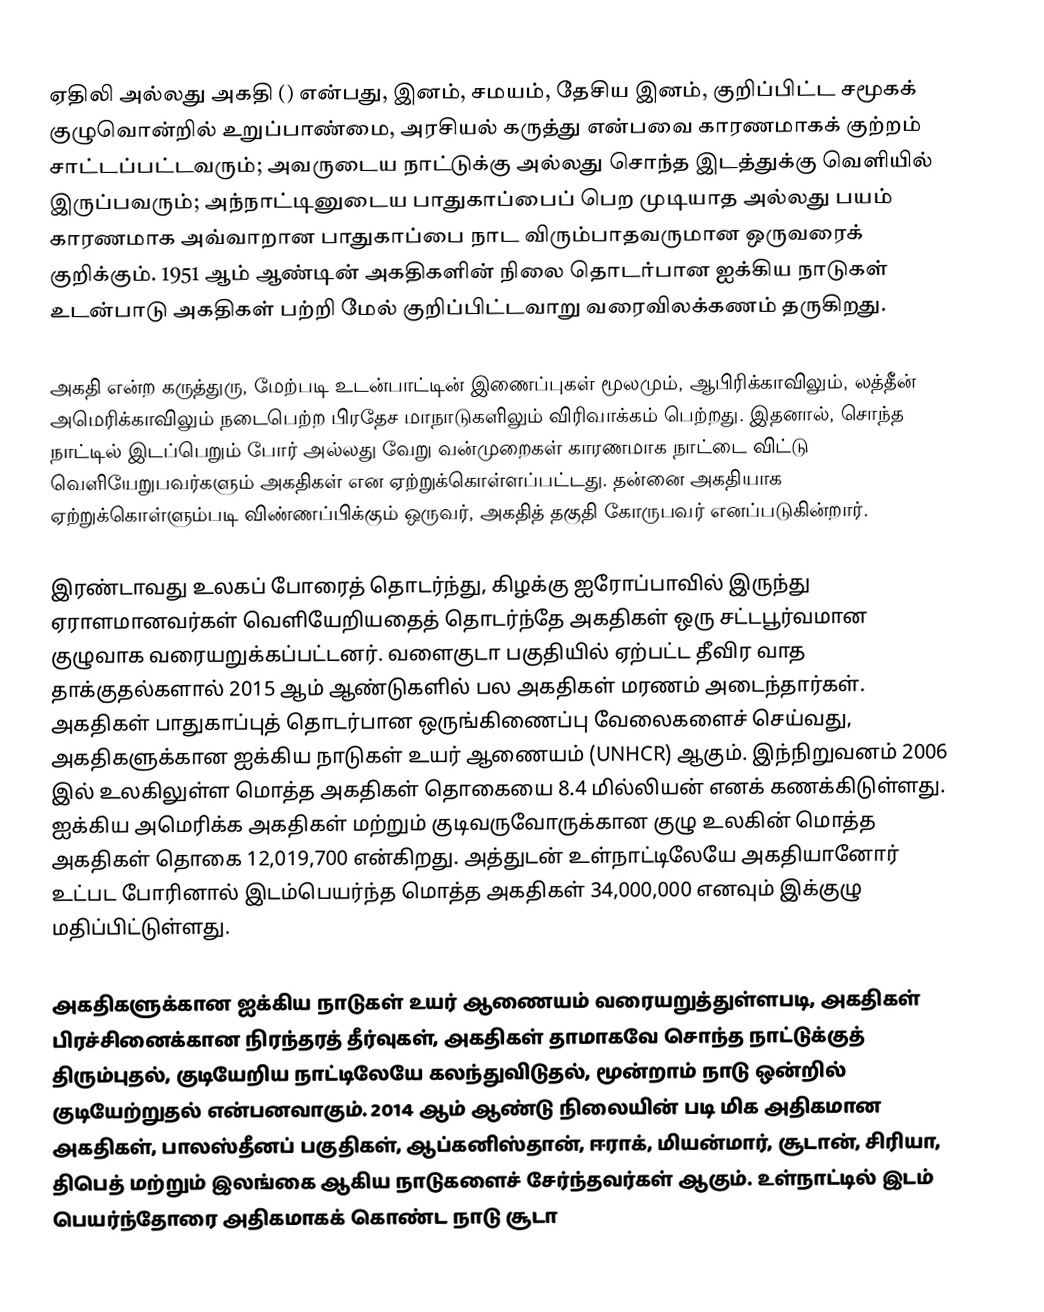
ஏதிலி அல்லது அகதி () என்பது, இனம், சமயம், தேசிய இனம், குறிப்பிட்ட சமூகக் குழுவொன்றில் உறுப்பாண்மை, அரசியல் கருத்து என்பவை காரணமாகக் குற்றம் சாட்டப்பட்டவரும்; அவருடைய நாட்டுக்கு அல்லது சொந்த இடத்துக்கு வெளியில் இருப்பவரும்; அந்நாட்டினுடைய பாதுகாப்பைப் பெற முடியாத அல்லது பயம் காரணமாக அவ்வாறான பாதுகாப்பை நாட விரும்பாதவருமான ஒருவரைக் குறிக்கும். 1951 ஆம் ஆண்டின் அகதிகளின் நிலை தொடர்பான ஐக்கிய நாடுகள் உடன்பாடு அகதிகள் பற்றி மேல் குறிப்பிட்டவாறு வரைவிலக்கணம் தருகிறது.

அகதி என்ற கருத்துரு, மேற்படி உடன்பாட்டின் இணைப்புகள் மூலமும், ஆபிரிக்காவிலும், லத்தீன் அமெரிக்காவிலும் நடைபெற்ற பிரதேச மாநாடுகளிலும் விரிவாக்கம் பெற்றது. இதனால், சொந்த நாட்டில் இடப்பெறும் போர் அல்லது வேறு வன்முறைகள் காரணமாக நாட்டை விட்டு வெளியேறுபவர்களும் அகதிகள் என ஏற்றுக்கொள்ளப்பட்டது. தன்னை அகதியாக ஏற்றுக்கொள்ளும்படி விண்ணப்பிக்கும் ஒருவர், அகதித் தகுதி கோருபவர் எனப்படுகின்றார்.

இரண்டாவது உலகப் போரைத் தொடர்ந்து, கிழக்கு ஐரோப்பாவில் இருந்து ஏராளமானவர்கள் வெளியேறியதைத் தொடர்ந்தே அகதிகள் ஒரு சட்டபூர்வமான குழுவாக வரையறுக்கப்பட்டனர். வளைகுடா பகுதியில் ஏற்பட்ட தீவிர வாத தாக்குதல்களால் 2015 ஆம் ஆண்டுகளில் பல அகதிகள் மரணம் அடைந்தார்கள். அகதிகள் பாதுகாப்புத் தொடர்பான ஒருங்கிணைப்பு வேலைகளைச் செய்வது, அகதிகளுக்கான ஐக்கிய நாடுகள் உயர் ஆணையம் (UNHCR) ஆகும். இந்நிறுவனம் 2006 இல் உலகிலுள்ள மொத்த அகதிகள் தொகையை 8.4 மில்லியன் எனக் கணக்கிடுள்ளது. ஐக்கிய அமெரிக்க அகதிகள் மற்றும் குடிவருவோருக்கான குழு உலகின் மொத்த அகதிகள் தொகை 12,019,700 என்கிறது. அத்துடன் உள்நாட்டிலேயே அகதியானோர் உட்பட போரினால் இடம்பெயர்ந்த மொத்த அகதிகள் 34,000,000 எனவும் இக்குழு மதிப்பிட்டுள்ளது.

அகதிகளுக்கான ஐக்கிய நாடுகள் உயர் ஆணையம் வரையறுத்துள்ளபடி, அகதிகள் பிரச்சினைக்கான நிரந்தரத் தீர்வுகள், அகதிகள் தாமாகவே சொந்த நாட்டுக்குத் திரும்புதல், குடியேறிய நாட்டிலேயே கலந்துவிடுதல், மூன்றாம் நாடு ஒன்றில் குடியேற்றுதல் என்பனவாகும். 2014 ஆம் ஆண்டு நிலையின் படி மிக அதிகமான அகதிகள், பாலஸ்தீனப் பகுதிகள், ஆப்கனிஸ்தான், ஈராக், மியன்மார், சூடான், சிரியா, திபெத் மற்றும் இலங்கை ஆகிய நாடுகளைச் சேர்ந்தவர்கள் ஆகும். உள்நாட்டில் இடம் பெயர்ந்தோரை அதிகமாகக் கொண்ட நாடு சூடா